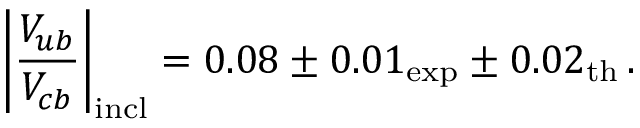
\left| { \frac { V _ { u b } } { V _ { c b } } } \right| _ { \mathrm { i n c l } } = 0 . 0 8 \pm 0 . 0 1 _ { \mathrm { e x p } } \pm 0 . 0 2 _ { \mathrm { t h } } \, .